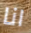
انا